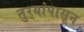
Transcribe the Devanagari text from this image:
तुर्‍यांपासून